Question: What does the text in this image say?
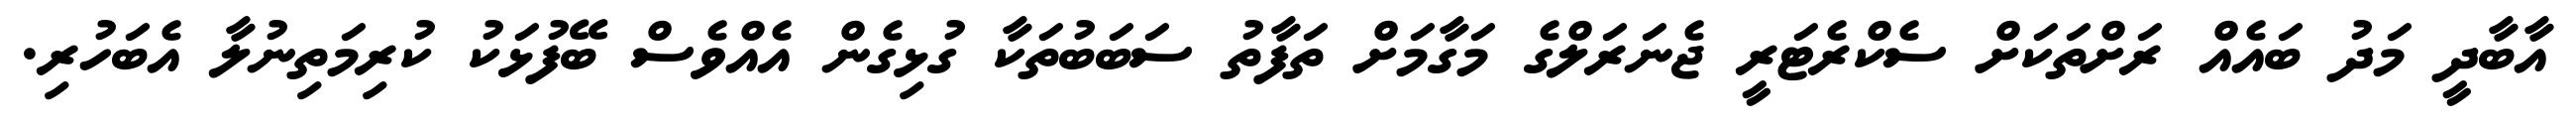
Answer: އާބާދީ މަދު ބައެއް ރަށްތަކަށް ސެކްރެޓަރީ ޖެނަރަލްގެ މަގާމަށް ތަފާތު ސަބަބުތަކާ ގުޅިގެން އެއްވެސް ބޭފުޅަކު ކުރިމަތިނުލާ އެބަހުރި.